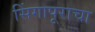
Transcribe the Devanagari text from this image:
सिंगापूराचा